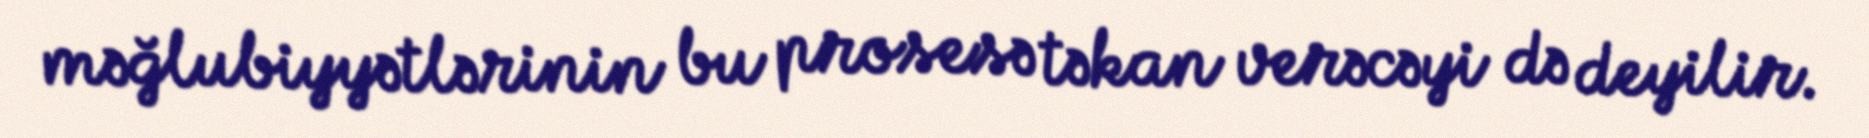
məğlubiyyətlərinin bu prosesə təkan verəcəyi də deyilir.